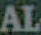
AL